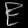
Digit: ၉